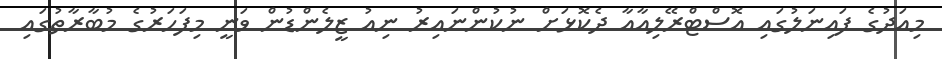
މިއަދުގެ ފައިނަލުގައި އޮސްޓްރޭލިއާއާ ދެކޮޅަށް ނުކުންނައިރު ނިއު ޒީލެންޑުން ވަނީ މިފަހަރުގެ މުބާރާތުގައި